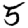
Digit: 5